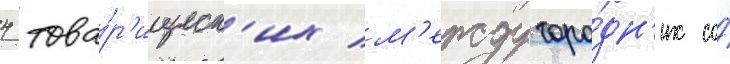
4 това́р'ищеск'их м'еждугоро́дн'их со́